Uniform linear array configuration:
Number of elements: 32
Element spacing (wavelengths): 0.75
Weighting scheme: uniform
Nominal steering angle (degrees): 15
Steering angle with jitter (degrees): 16.65
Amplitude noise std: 0.05
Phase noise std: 0.05

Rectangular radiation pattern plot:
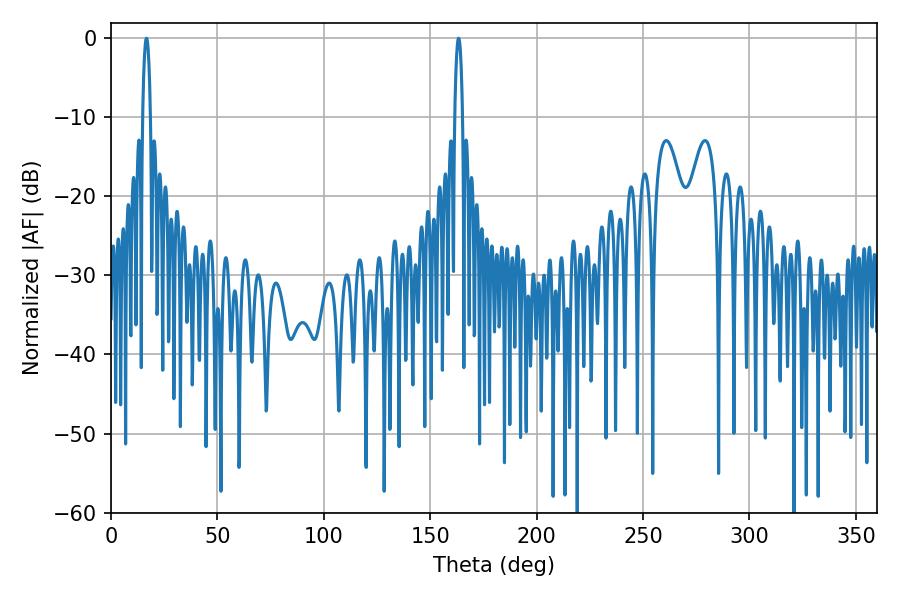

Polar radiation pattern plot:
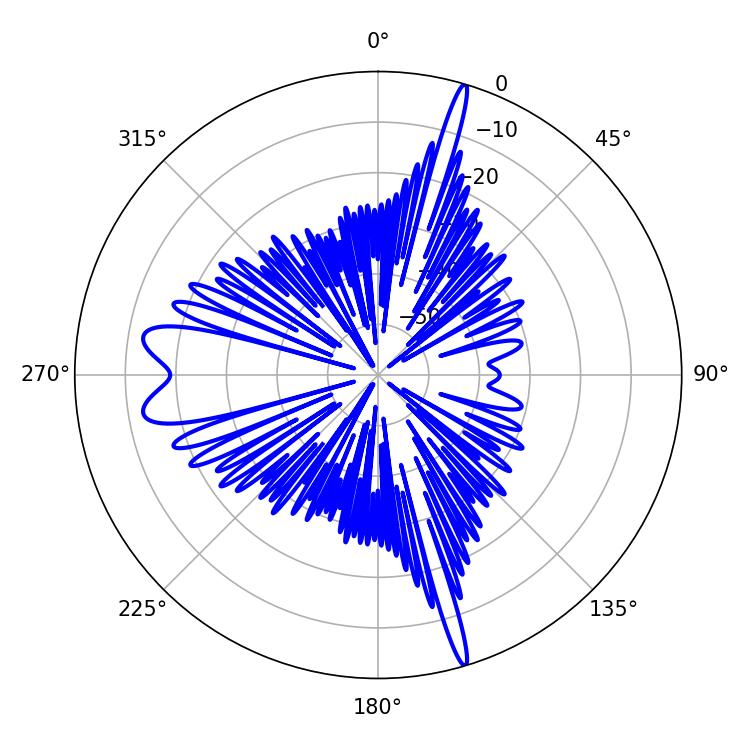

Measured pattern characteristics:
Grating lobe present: TRUE
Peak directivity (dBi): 25.329
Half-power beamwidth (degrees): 1.98
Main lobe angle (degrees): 16.74